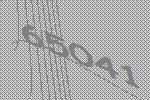
65041